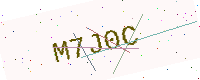
Text: M7J0C